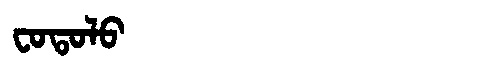
Manchu: ᠸᠣᡨᠣᠯᠣ
Romanization: FOTOLO